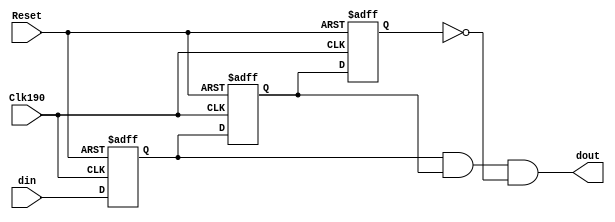
`timescale 1ns / 1ps
//////////////////////////////////////////////////////////////////////////////////
// Company: 
// Engineer: 
// 
// Design Name: 
// Module Name: debounce
// Project Name: 
// Target Devices: 
// Tool Versions: 
// Description: 
// 
// Dependencies: 
// 
// Revision:
// Revision 0.01 - File Created
// Additional Comments:
// 
//////////////////////////////////////////////////////////////////////////////////


module debounce(
    input Clk190,
    input din,
    input Reset,
    output dout
    ); 
    reg A,B,C;
    always@(posedge Clk190,posedge Reset)
    begin 
    if(Reset==1) 
    begin
    A<=0;
    B<=0;
    C<=0; 
    end 
    else
    begin 
    A<=din;
    B<=A;
    C<=B;
    end
    
    end 
    assign dout= A & B & ~C; 
endmodule